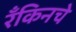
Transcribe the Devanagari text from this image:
रँकिनचे